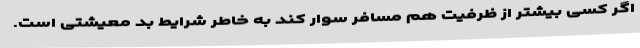
اگر کسی بیشتر از ظرفیت هم مسافر سوار کند به خاطر شرایط بد معیشتی است.